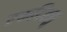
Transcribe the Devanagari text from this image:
एकदिवसु